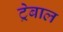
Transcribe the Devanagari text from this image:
ट्रेबाल